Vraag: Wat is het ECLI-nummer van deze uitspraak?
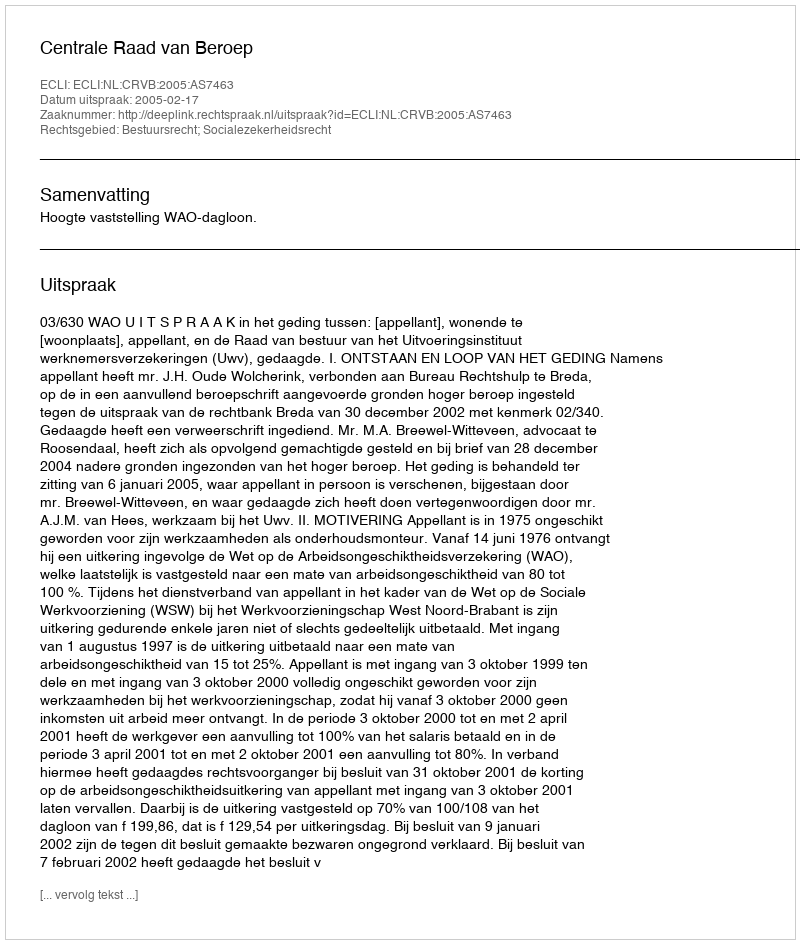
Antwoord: ECLI:NL:CRVB:2005:AS7463